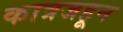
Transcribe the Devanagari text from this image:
कात्रजहून